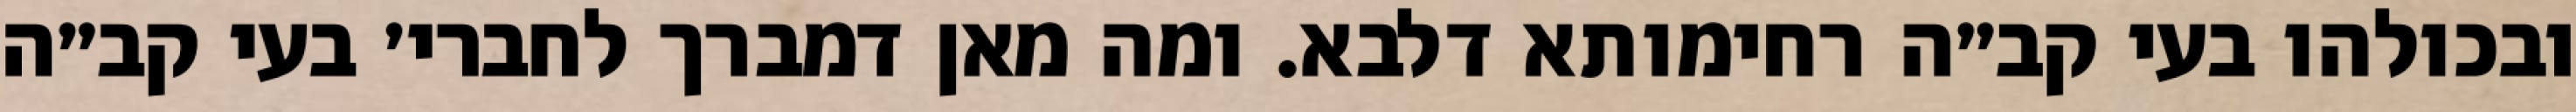
ובכולהו בעי קב״ה רחימותא דלבא. ומה מאן דמברך לחברי׳ בעי קב״ה